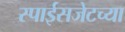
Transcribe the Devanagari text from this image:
स्पाईसजेटच्या